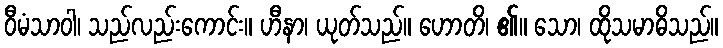
ဝီမံသာဝါ၊ သည်လည်းကောင်း။ ဟီနာ၊ ယုတ်သည်။ ဟောတိ၊ ၏။ သော၊ ထိုသမာဓိသည်။